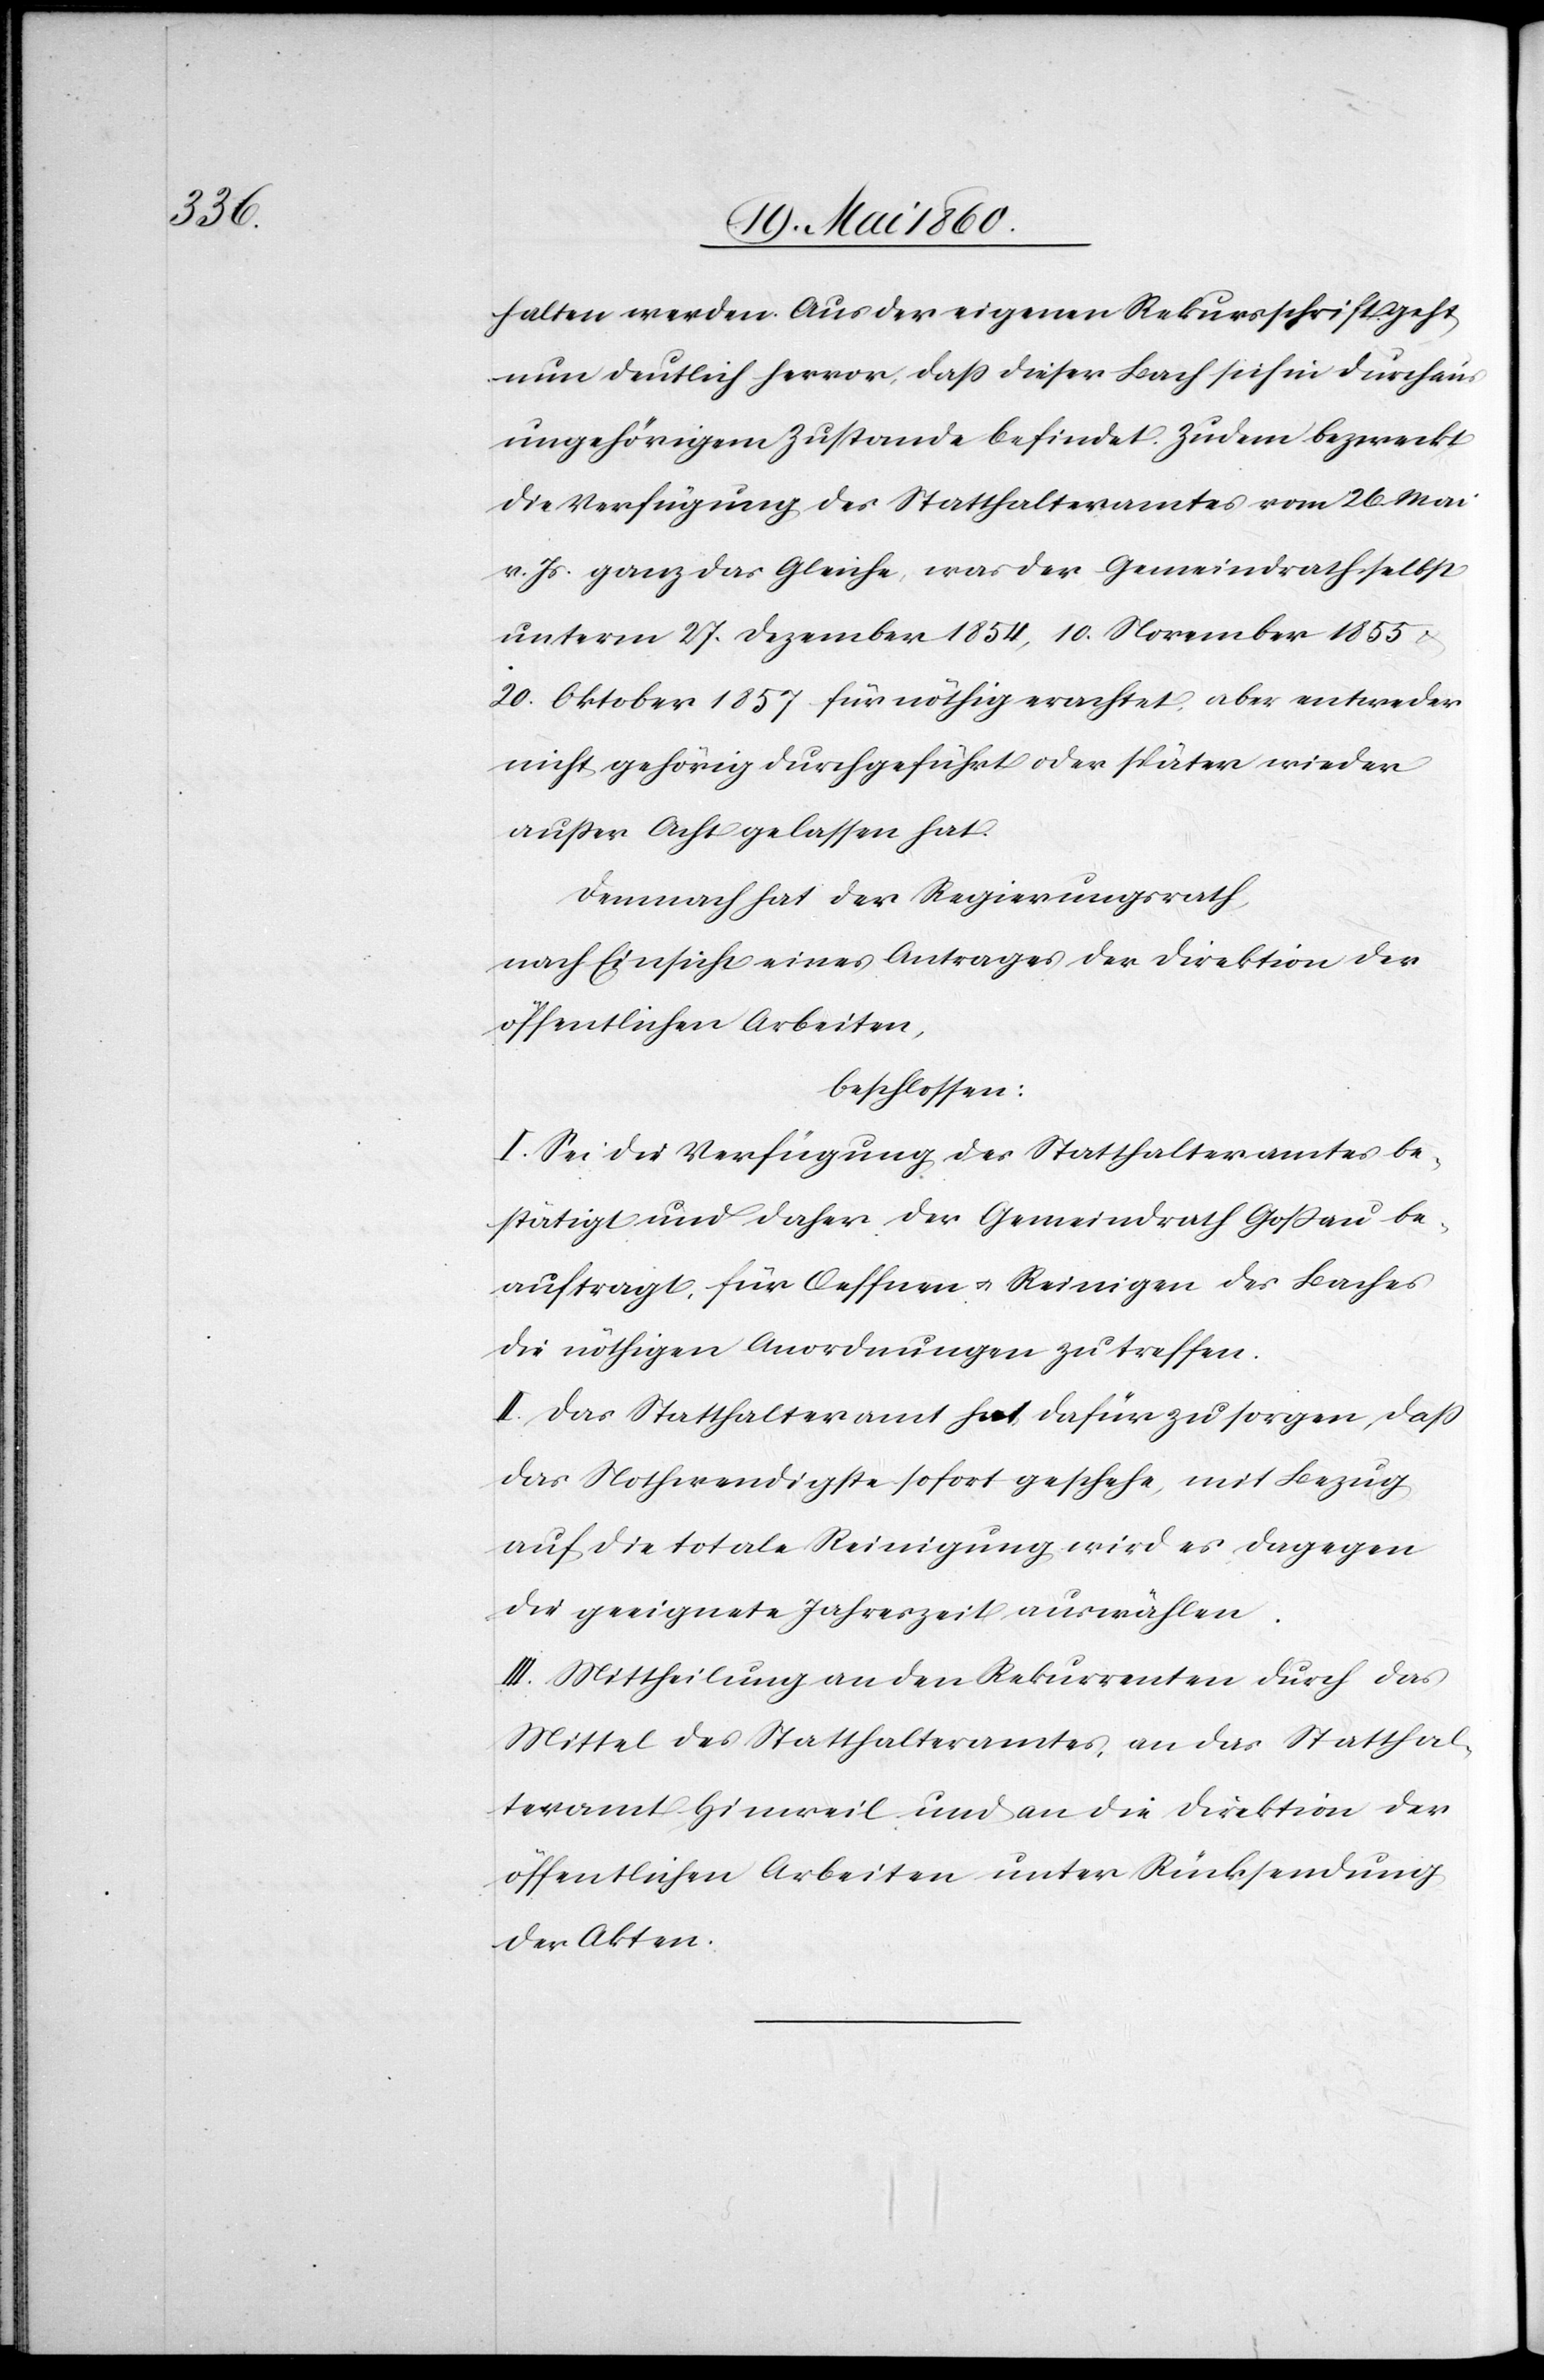
halten werden. Aus der eigenen Rekursschrift gehe
nun deutlich hervor, dass dieser Bach sich in durchaus
ungehörigem Zustande befindet. Zudem bezweckt
die Verfügung des Statthalteramtes vom 26. Mai
v. Js. ganz das Gleiche, was der Gemeindrath selbst
unterm 27. Dezember 1854, 10. November 1855 u.
20. Oktober 1857 für nöthig erachtet, aber entweder
nicht gehörig durchgeführt oder später wieder
ausser Acht gelassen hat.
Demnach hat der Regierungsrath,
nach Einsicht eines Antrages der Direktion der
öffentlichen Arbeiten,
beschlossen:
I. Sei die Verfügung des Statthalteramtes be¬
stätigt und daher der Gemeindrath Gossau be¬
auftragt, für Oeffnung u. Reinigen des Baches
die nöthigen Anordnungen zu treffen.
II. Das Statthalteramt hat dafür zu sorgen, dass
das Nothwendigste sofort geschehe, mit Bezug
auf die totale Reinigung wird es dagegen
die geeignete Jahreszeit auswählen.
III. Mittheilung an den Rekurrenten durch das
Mittel des Statthalteramtes, an das Statthal¬
teramt Hinweil und an die Direktion der
öffentlichen Arbeiten unter Rücksendung
der Akten.